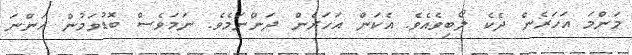
މަންމަ އަހަރެން ދެކެ ލޯބިވެއެވެ. އެކަން އަހަރެން ދަންނަމެވެ. ނަމަވެސް ބޮޑުވަމުން އަންނަ